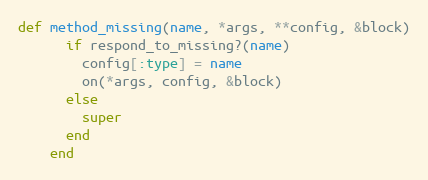
Language: Ruby
def method_missing(name, *args, **config, &block)
      if respond_to_missing?(name)
        config[:type] = name
        on(*args, config, &block)
      else
        super
      end
    end